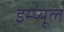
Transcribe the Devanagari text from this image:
इम्प्यूल